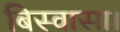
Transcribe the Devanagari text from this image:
बिस्वासा।